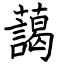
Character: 藹